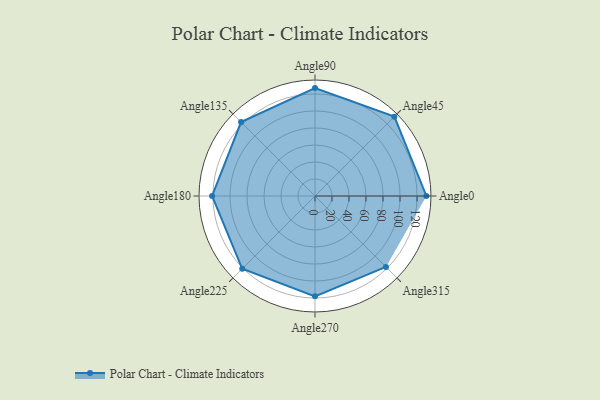
{"axis": {"x": "Angle", "y": "Radius"}, "legend": [""], "data": [{"x": "Angle0", "y": 131.0, "type": ""}, {"x": "Angle45", "y": 132.0, "type": ""}, {"x": "Angle90", "y": 127.0, "type": ""}, {"x": "Angle135", "y": 123.0, "type": ""}, {"x": "Angle180", "y": 121.0, "type": ""}, {"x": "Angle225", "y": 121.0, "type": ""}, {"x": "Angle270", "y": 118.0, "type": ""}, {"x": "Angle315", "y": 118.0, "type": ""}]}